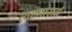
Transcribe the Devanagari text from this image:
स्वात्मारामं